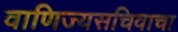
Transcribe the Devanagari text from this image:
वाणिज्यसचिवाचा